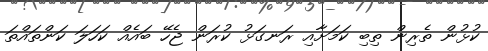
ކުޅުން ތެރިން ތިބި ކަމަށާއި ރަނގަޅު ކުރަން ޖެހޭ ބައެއް ކަހަލަ ކަންތައްތަ